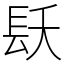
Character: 镺